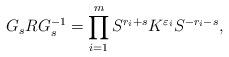
LaTeX: \begin{align*}G_s R G^{-1}_s=\prod^{m}_{i=1} S^{r_i+s} K^{\varepsilon_i} S^{-r_i-s}, \end{align*}